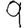
Digit: 9